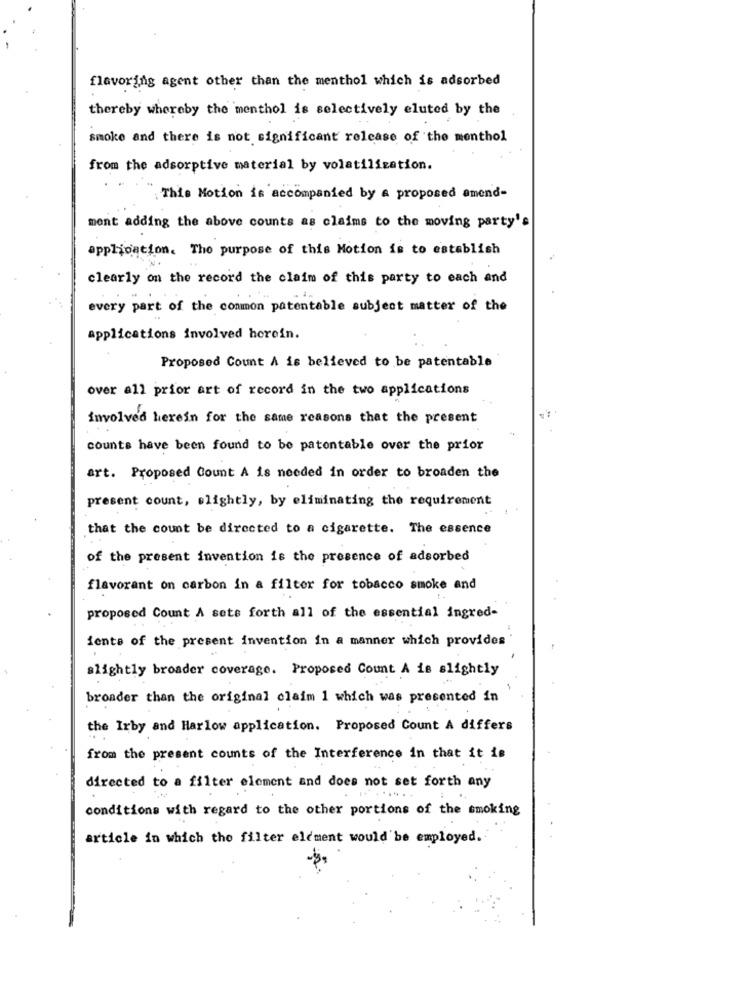
flavoring agent other than the menthol which is adsorbed
thereby whereby the menthol is selectively eluted by the
smoke and there is not significant release of the menthol
from the adsorptive material by volatilization.
This Motion is accompanied by a proposed amend-
ment adding the above counts as claims to the moving party's
application. The purpose of this Motion is to establish
clearly on the record the claim of this party to each and
. ...
every part of the common patentable subject matter of the
applications involved herein.
Proposed Count A is believed to be patentable
over all prior art of record in the two applications
involved herein for the same reasons that the present
counts have been found to be patontable over the prior
art. Proposed Count A is needed in order to broaden the
present count, slightly, by eliminating the requirement
that the count be directed to a cigarette. The essence
of the present invention is the presence of adsorbed
flavorant on carbon in a filter for tobacco smoke and
proposed Count A sets forth all of the essential ingred-
iente of the present invention in a manner which provides
slightly broader coverage. Proposed Count A is slightly
broader than the original claim 1 which was presented in
the Irby and Harlow application. Proposed Count A differs
from the present counts of the Interference in that it is
directed to a filter element and does not set forth any
conditions with regard to the other portions of the smoking
article in which the filter element would be employed.